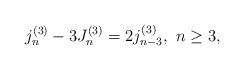
LaTeX: \begin{align*}j_{n}^{(3)}-3J_{n}^{(3)}=2j_{n-3}^{(3)},\ n\geq3,\end{align*}